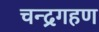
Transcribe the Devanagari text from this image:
चन्द्रगहण